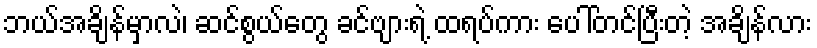
ဘယ်အချိန်မှာလဲ၊ ဆင်စွယ်တွေ ခင်ဗျားရဲ့ ထရပ်ကား ပေါ်တင်ပြီးတဲ့ အချိန်လား